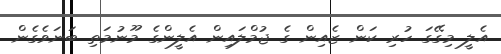
އެލީ މިގޭގަ ހުރި ކަން ޒެއިން ގެ ޖުމްލައިން އެލީންގެ މޫނުމަތި ބަނަވެގެން